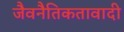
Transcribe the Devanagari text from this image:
जैवनैतिकतावादी